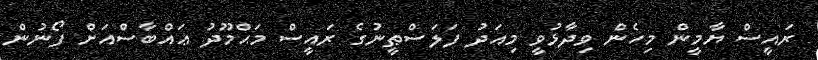
ރައީސް ޔާމީން މިހެން ވިދާޅުވީ މިއަދު ފަލަސްޠީނުގެ ރައީސް މަޙްމޫދު ޢައްބާސްއަށް ފޯނުން